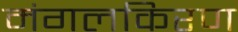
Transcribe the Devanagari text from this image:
मंगलकिरण